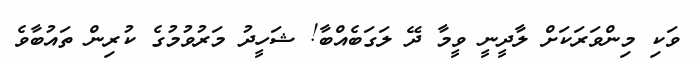
ވަކި މިންވަރަކަށް ލާދީނީ ވީމާ ދޭ ލަގަބެއްބާ! ޝަހީދު މަރުވުމުގެ ކުރިން ތައުބާވެ